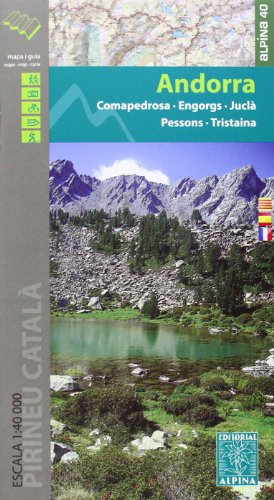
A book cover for Andorra - Coma Pedrosa-Engorgs-Juclar-Pessons-Tristaina 2014: ALPI.010; Travel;